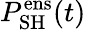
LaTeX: P_{\mathrm{SH}}^{\mathrm{ens}}(t)